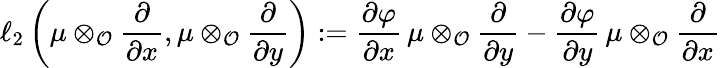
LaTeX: \ell_{2}\left(\mu\otimes_{\mathcal O}\frac{\partial}{\partial x},\mu\otimes_{\mathcal O}\frac{\partial}{\partial y}\right):=\frac{\partial\varphi}{\partial x}\, \mu\otimes_{\mathcal O}\frac{\partial}{\partial y}-\frac{\partial\varphi}{\partial y}\, \mu\otimes_{\mathcal O}\frac{\partial}{\partial x}